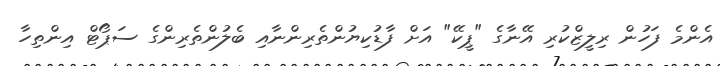
އެންމެ ފަހުން ރިލީޒްކުރި އޭނާގެ "ޕީކޭ" އަށް ފާޑުކިޔުންތެރިންނާއި ބެލުންތެރިންގެ ސަޕޯޓް އިންތިހާ